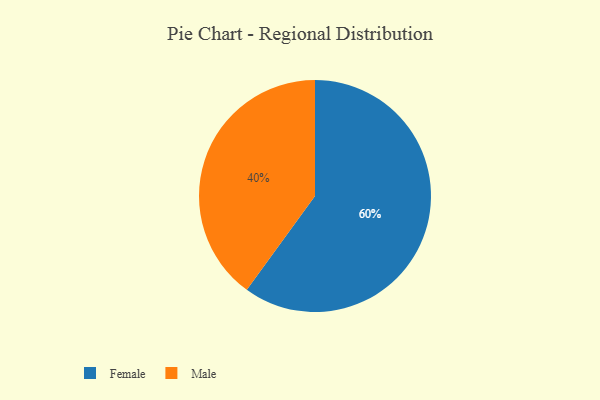
{"axis": {"x": "Category", "y": "Percentage"}, "legend": ["Female", "Male"], "data": [{"x": "Female", "y": 60, "type": "Female"}, {"x": "Male", "y": 40, "type": "Male"}]}